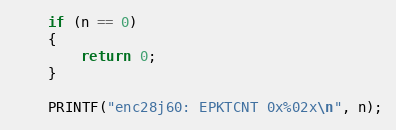
Language: C++
    if (n == 0)
    {
        return 0;
    }

    PRINTF("enc28j60: EPKTCNT 0x%02x\n", n);